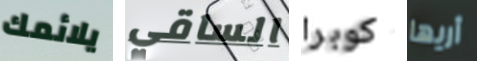
يلائمك الساقي كوبرا أريها